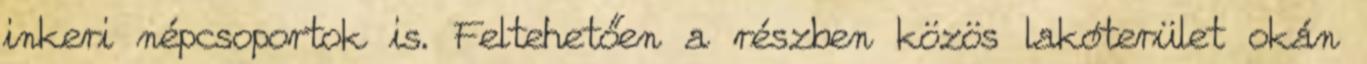
inkeri népcsoportok is. Feltehetően a részben közös lakóterület okán